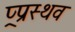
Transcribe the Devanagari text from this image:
प्र्प्रस्थव